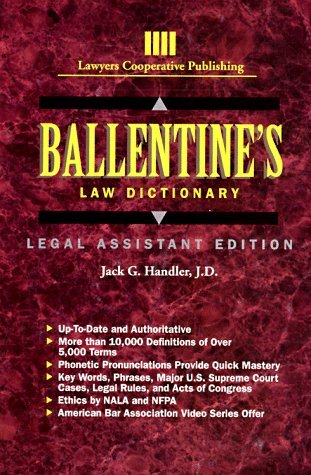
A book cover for Ballentine's Law Dictionary: Legal Assistant Edition [Paperback] [1993] (Author) Jack Handler; Law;